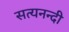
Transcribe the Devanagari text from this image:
सत्यनन्दी